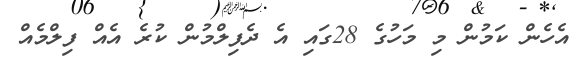
އެހެން ކަމުން މި މަހުގެ 28ގައި އެ ދެފިލްމުން ކުރެ އެއް ފިލްމެއް